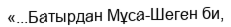
«...Батырдан Мұса-Шеген би,